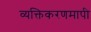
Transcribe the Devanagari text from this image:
व्यक्तिकरणमापी